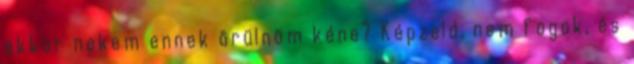
akkor nekem ennek örülnöm kéne? Képzeld, nem fogok, és